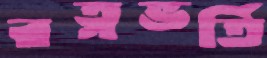
রত্নভর্তি